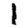
Digit: 1